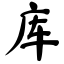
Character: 库